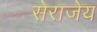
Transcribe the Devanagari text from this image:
सेराजेय